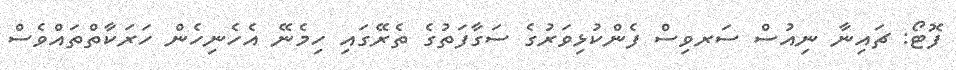
ފޮޓޯ: ޗައިނާ ނިއުސް ސަރވިސް ފެންކުޅިވަރުގެ ސަގާފަތުގެ ތެރޭގައި ހިމެނޭ އެހެނިހެން ހަރަކާތްތައްވެސް